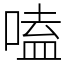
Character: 嗑